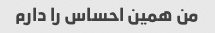
من همین احساس را دارم